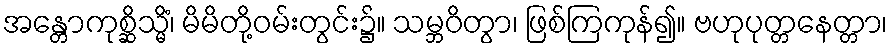
အန္တောကုစ္ဆိသ္မိံ၊ မိမိတို့ဝမ်းတွင်း၌။ သမ္ဘဝိတွာ၊ ဖြစ်ကြကုန်၍။ ဗဟုပုတ္တနေတ္တာ၊